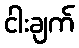
ငါးချက်